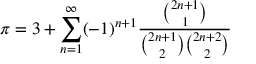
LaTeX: \pi = 3 + \sum _ { n = 1 } ^ { \infty } ( - 1 ) ^ { n + 1 } { \frac { \binom { 2 n + 1 } { 1 } } { { \binom { 2 n + 1 } { 2 } } { \binom { 2 n + 2 } { 2 } } } }